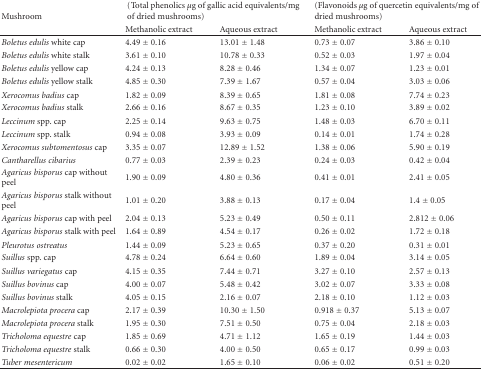
<table><thead><tr><td rowspan="2"><b>Mushroom</b></td><td colspan="2"><b>(Total phenolics <i>μ</i>g of gallic acid equivalents/mg of dried mushrooms)</b></td><td colspan="2"><b>(Flavonoids <i>μ</i>g of quercetin equivalents/mg of dried mushrooms)</b></td></tr><tr><td><b>Methanolic extract</b></td><td><b>Aqueous extract</b></td><td><b>Methanolic extract</b></td><td><b>Aqueous extract </b></td></tr></thead><tbody><tr><td><i>Boletus edulis</i> white cap</td><td>4.49 ± 0.16</td><td>13.01 ± 1.48</td><td>0.73 ± 0.07</td><td>3.86 ± 0.10</td></tr><tr><td><i>Boletus edulis</i> white stalk</td><td>3.61 ± 0.10</td><td>10.78 ± 0.33</td><td>0.52 ± 0.03</td><td>1.97 ± 0.04</td></tr><tr><td><i>Boletus edulis</i> yellow cap</td><td>4.24 ± 0.13</td><td>8.28 ± 0.46</td><td>1.34 ± 0.07</td><td>1.23 ± 0.01</td></tr><tr><td><i>Boletus edulis</i> yellow stalk</td><td>4.85 ± 0.30</td><td>7.39 ± 1.67</td><td>0.57 ± 0.04</td><td>3.03 ± 0.06</td></tr><tr><td><i>Xerocomus badius</i> cap</td><td>1.82 ± 0.09</td><td>8.39 ± 0.65</td><td>1.81 ± 0.08</td><td>7.74 ± 0.23</td></tr><tr><td><i>Xerocomus badius</i> stalk</td><td>2.66 ± 0.16</td><td>8.67 ± 0.35</td><td>1.23 ± 0.10</td><td>3.89 ± 0.02</td></tr><tr><td><i>Leccinum</i> spp. cap</td><td>2.25 ± 0.14</td><td>9.63 ± 0.75</td><td>1.48 ± 0.03</td><td>6.70 ± 0.11</td></tr><tr><td><i>Leccinum</i> spp. stalk</td><td>0.94 ± 0.08</td><td>3.93 ± 0.09</td><td>0.14 ± 0.01</td><td>1.74 ± 0.28</td></tr><tr><td><i>Xerocomus subtomentosus</i> cap</td><td>3.35 ± 0.07</td><td>12.89 ± 1.52</td><td>1.38 ± 0.06</td><td>5.90 ± 0.19</td></tr><tr><td><i>Cantharellus cibarius</i></td><td>0.77 ± 0.03</td><td>2.39 ± 0.23</td><td>0.24 ± 0.03</td><td>0.42 ± 0.04</td></tr><tr><td><i>Agaricus bisporus</i> cap without peel</td><td>1.90 ± 0.09</td><td>4.80 ± 0.36</td><td>0.41 ± 0.01</td><td>2.41 ± 0.05</td></tr><tr><td><i>Agaricus bisporus</i> stalk without peel</td><td>1.01 ± 0.20</td><td>3.88 ± 0.13</td><td>0.17 ± 0.04</td><td>1.4 ± 0.05</td></tr><tr><td><i>Agaricus bisporus</i> cap with peel</td><td>2.04 ± 0.13</td><td>5.23 ± 0.49</td><td>0.50 ± 0.11</td><td>2.812 ± 0.06</td></tr><tr><td><i>Agaricus bisporus</i> stalk with peel</td><td>1.64 ± 0.89</td><td>4.54 ± 0.17</td><td>0.26 ± 0.02</td><td>1.72 ± 0.18</td></tr><tr><td><i>Pleurotus ostreatus</i></td><td>1.44 ± 0.09</td><td>5.23 ± 0.65</td><td>0.37 ± 0.20</td><td>0.31 ± 0.01</td></tr><tr><td><i>Suillus</i> spp. cap</td><td>4.78 ± 0.24</td><td>6.64 ± 0.60</td><td>1.89 ± 0.04</td><td>3.14 ± 0.05</td></tr><tr><td><i>Suillus variegatus</i> cap</td><td>4.15 ± 0.35</td><td>7.44 ± 0.71</td><td>3.27 ± 0.10</td><td>2.57 ± 0.13</td></tr><tr><td><i>Suillus bovinus</i> cap</td><td>4.00 ± 0.07</td><td>5.48 ± 0.42</td><td>3.02 ± 0.07</td><td>3.33 ± 0.08</td></tr><tr><td><i>Suillus bovinus</i> stalk</td><td>4.05 ± 0.15</td><td>2.16 ± 0.07</td><td>2.18 ± 0.10</td><td>1.12 ± 0.03</td></tr><tr><td><i>Macrolepiota procera</i> cap</td><td>2.17 ± 0.39</td><td>10.30 ± 1.50</td><td>0.918 ± 0.37</td><td>5.13 ± 0.07</td></tr><tr><td><i>Macrolepiota procera</i> stalk</td><td>1.95 ± 0.30</td><td>7.51 ± 0.50</td><td>0.75 ± 0.04</td><td>2.18 ± 0.03</td></tr><tr><td><i>Tricholoma equestre</i> cap</td><td>1.85 ± 0.69</td><td>4.71 ± 1.12</td><td>1.65 ± 0.19</td><td>1.44 ± 0.03</td></tr><tr><td><i>Tricholoma equestre</i> stalk</td><td>0.66 ± 0.30</td><td>4.00 ± 0.50</td><td>0.65 ± 0.17</td><td>0.99 ± 0.03</td></tr><tr><td><i>Tuber mesentericum</i></td><td>0.02 ± 0.02</td><td>1.65 ± 0.10</td><td>0.06 ± 0.02</td><td>0.51 ± 0.20</td></tr></tbody></table>